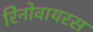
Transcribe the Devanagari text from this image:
रिनोवायरस